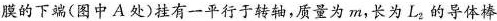
膜的下端(图中A处)挂有一平行于转轴，质量为m，长为L_{2}的导体棒